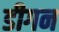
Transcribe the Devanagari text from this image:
डीगन